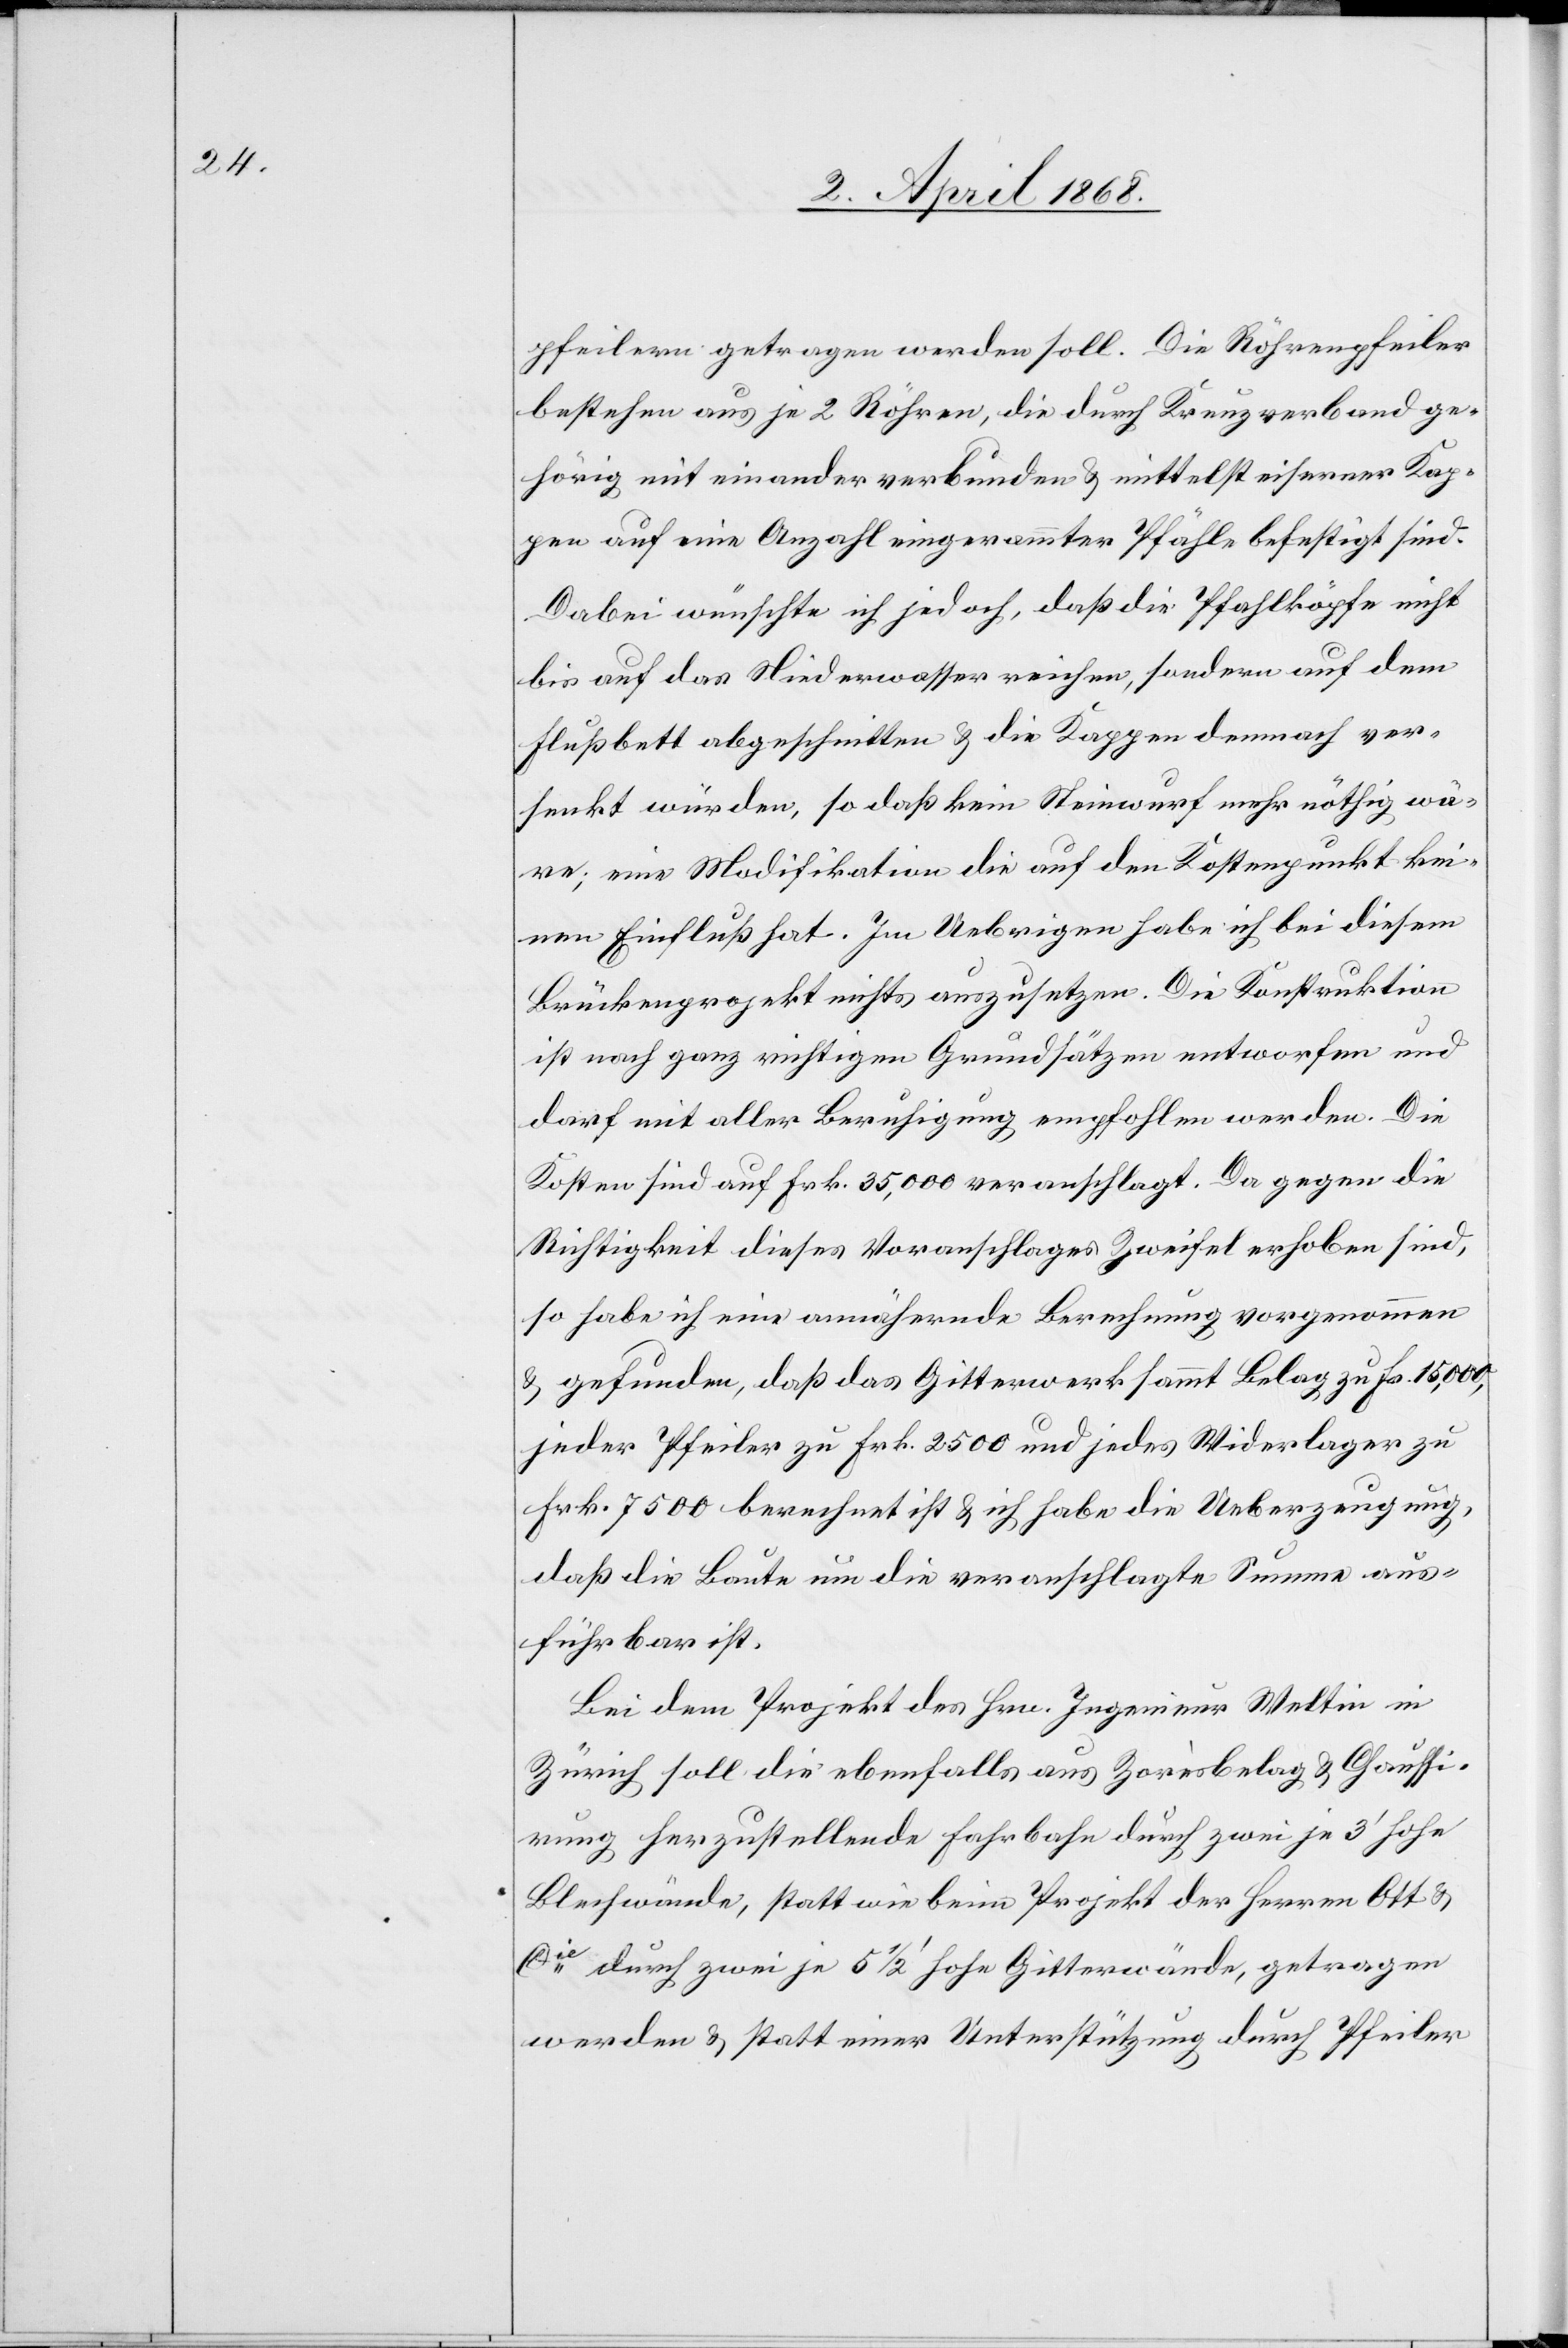
pfeilern getragen werden soll. Die Röhrenpfeiler
bestehen aus je 2 Röhren, die durch Kreuzverband ge¬
hörig mit einander verbunden & mittelst eiserner Kap¬
pen auf eine Anzahl eingerammter Pfähle befestigt sind.
Dabei wünschte ich jedoch, daß die Pfahlköpfe nicht
bis auf das Niederwasser reichen, sondern auf dem
Flußbett abgeschnitten & die Kappen demnach ver¬
senkt würden, so daß kein Steinwurf mehr nöthig wä¬
re; eine Modifikation die auf den Kostenpunkt kei¬
nen Einfluß hat. Im Uebrigen habe ich bei diesem
Brückenprojekt nichts auszusetzen. Die Konstruktion
ist nach ganz richtigen Grundsätzen entworfen und
darf mit aller Beruhigung empfohlen werden. Die
Kosten sind auf Frk. 35,000 veranschlagt. Da gegen die
Richtigkeit dieses Voranschlages Zweifel erhoben sind,
so habe ich eine annähernde Berechnung vorgenommen
& gefunden, daß das Gitterwerk sammt Belag zu Fr. 15,000,
jeder Pfeiler zu Frk. 2500 und jedes Widerlager zu
Frk. 7500 berechnet ist & ich habe die Ueberzeugung,
daß die Baute um die veranschlagte Summe aus¬
führbar ist.
Bei dem Projekt des Hrn. Ingenieur Weltin in
Zürich soll die ebenfalls aus Zorèsbelag & Chaussi¬
rung herzustellende Fahrbahn durch zwei je 3‘ hohe
Blechwände, statt wie beim Projekt der Herren Ott &
Cie. durch zwei je 5 1/2 ‘ hohe Gitterwände, getragen
werden & statt einer Unterstützung durch Pfeiler